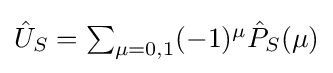
{\textstyle {\hat {U}}_{S}=\sum _{\mu =0,1}(-1)^{\mu }{\hat {P}}_{S}(\mu )}